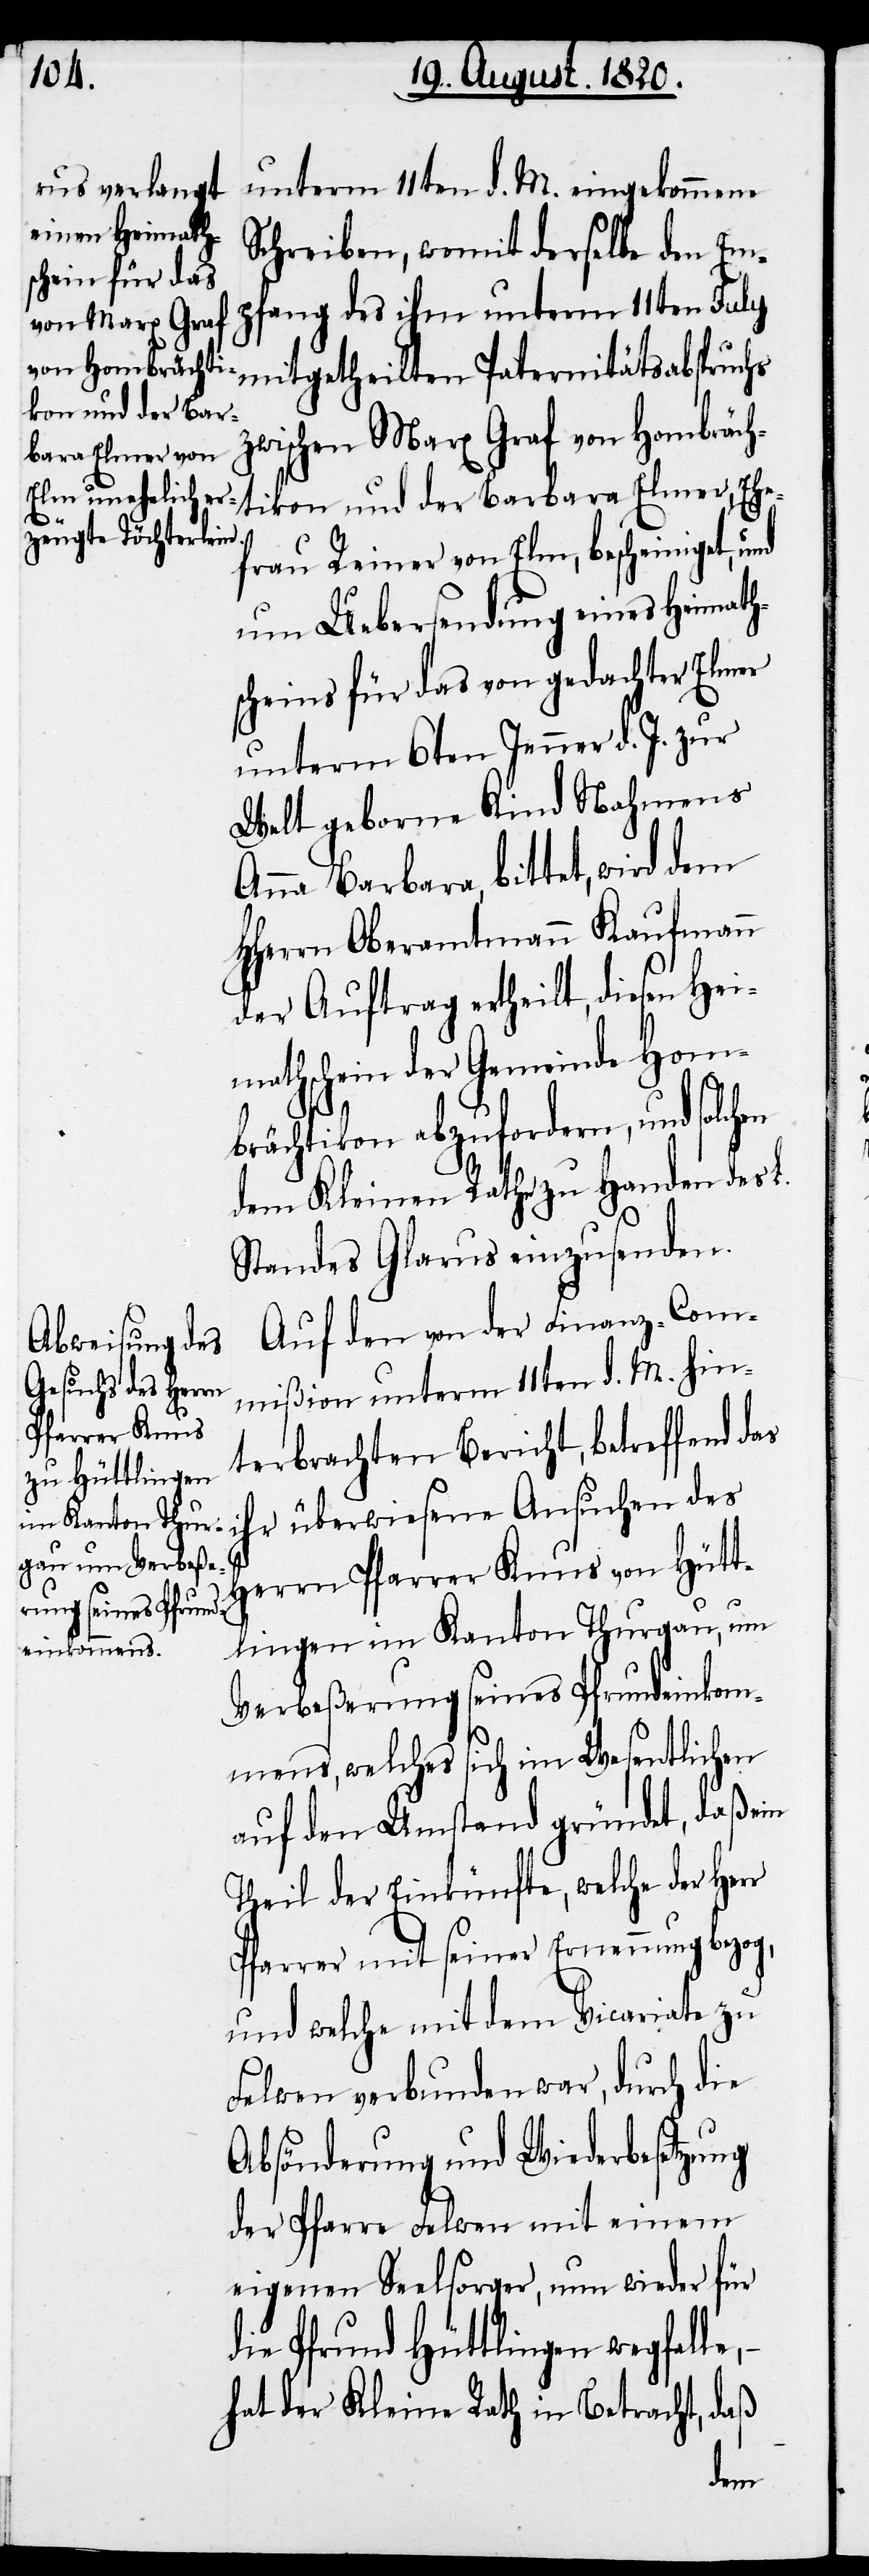
unterm 11ten d. M. eingekommene
Schreiben, womit derselbe den Em¬
pfang des ihm unterm 11ten July
zwischen Marx Graf von Hombräch¬
tikon und der Barbara Elmer, Ehe¬
frau Reiner von Elm, bescheiniget, und
um Uebersendung eines Heimath¬
scheins für das von gedachter Elmer
unterm 6ten Jenner d. J. zur
Welt geborne Kind Nahmens
Anna Barbara, bittet, wird dem
HHerrn Oberamtmann Kaufmann
der Auftrag ertheilt, diesen Hei¬
mathschein der Gemeinde Hom¬
brächtikon abzufordern, und solchen
dem Kleinen Rahe zu Handen des L.
Standes Glarus einzusenden.
Auf den von der Finanz-Com¬
mißion unterm 11ten d. M. hin¬
terbrachten Bericht, betreffend das
ihr überwiesene Ansuchen des
Herrn Pfarrer Knus von Hütt¬
lingen im Kanton Thurgau, um
Verbeßerung seines Pfrundeinkom¬
mens, welches sich im Wesentlichen
auf den Umstand gründet, daß ein
Theil der Einkünfte, welche der Herr
Pfarrer mit seiner Ernennung bezog,
und welche mit dem Vicariate zu
Felwen verbunden war, durch die
Absönderung und Wiederbesetzung
der Pfarre Felwen mit einem
eigenen Seelsorger, nun wieder für
die Pfrund Hüttlingen wegfalle,
hat der Kleine Rath in Betracht, daß